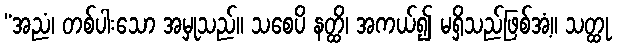
“အညံ၊ တစ်ပါးသော အမှုသည်။ သစေပိ နတ္ထိ၊ အကယ်၍ မရှိသည်ဖြစ်အံ့။ သတ္ထု